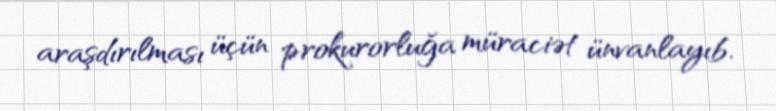
araşdırılması üçün prokurorluğa müraciət ünvanlayıb.